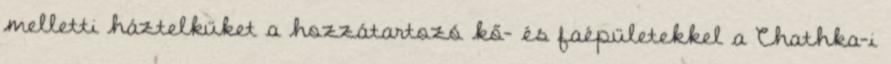
melletti háztelküket a hozzátartozó kő- és faépületekkel a Chathka-i